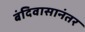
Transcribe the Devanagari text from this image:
बंदिवासानंतर